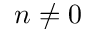
n \neq 0